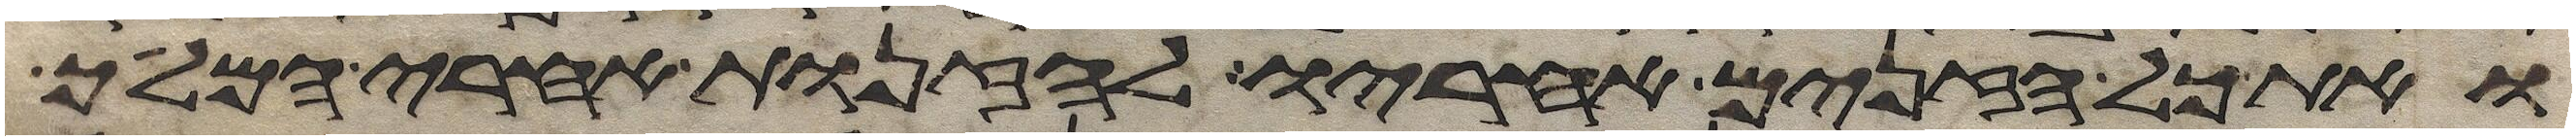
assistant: ואת כל הזנים אחריו לזנות אחרי המלך